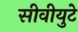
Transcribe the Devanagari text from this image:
सीवीयुटे